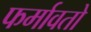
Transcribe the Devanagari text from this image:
फर्मावतो